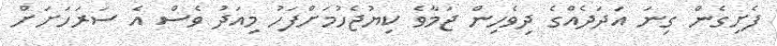
ފެށިގެން ގިނަ އަދަދެއްގެ ދިވެހިން ޖަމާވެ ކިޔުޖެހުމަށްފަހު މިއަދު ވެސް އެ ސަރަހަށަށް